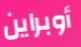
أوبراين